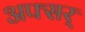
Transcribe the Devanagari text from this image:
अफ्सर्